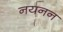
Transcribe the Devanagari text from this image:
नयनन